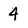
Character: 4